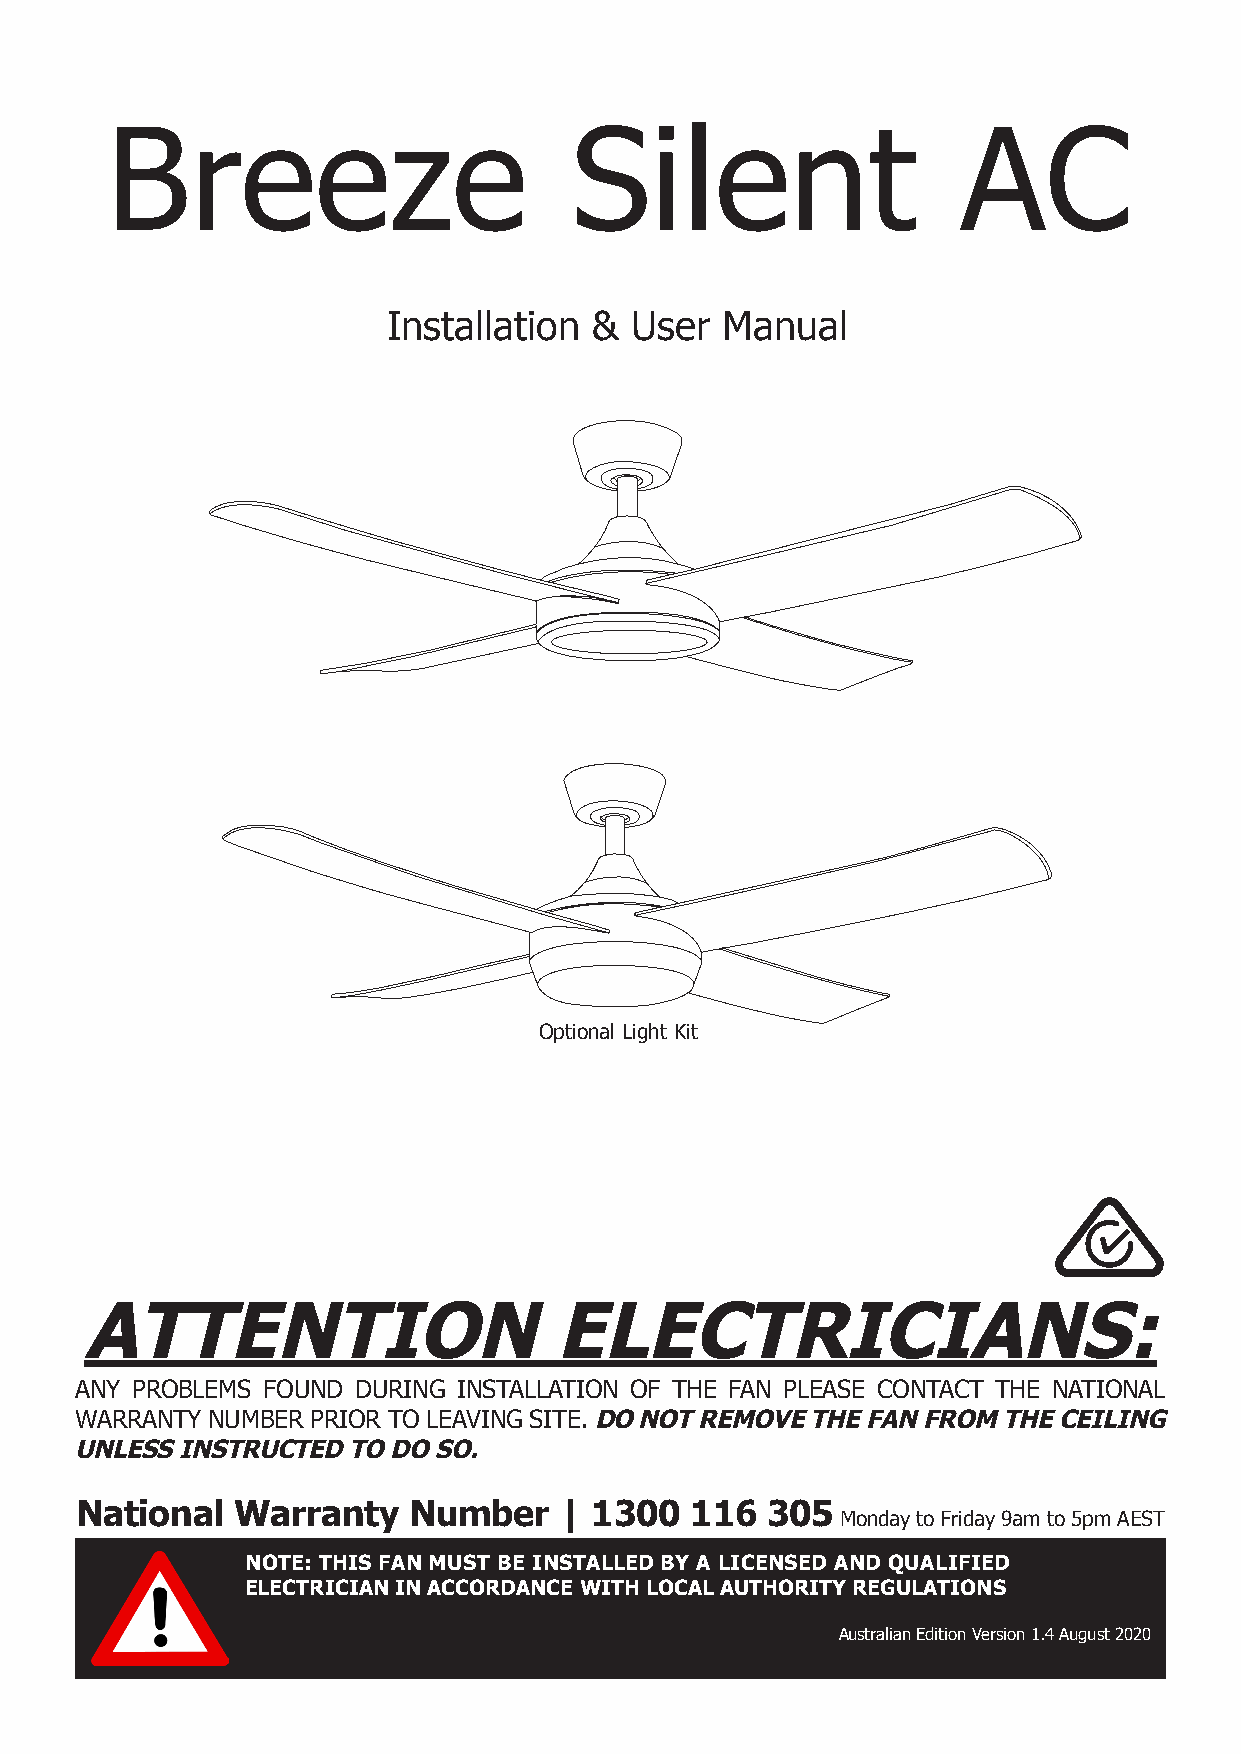
Breeze                         Silent                    AC
 Installation &  User  Manual
 Optional Light Kit
 ATTENTION                       ELECTRICIANS:
 ANY PROBLEMS FOUND DURING INSTALLATION OF THE FAN PLEASE CONTACT THE NATIONAL
 WARRANTY NUMBER PRIOR TO LEAVING SITE. DO NOT REMOVE THE FAN FROM THE CEILING
 UNLESS INSTRUCTED TO DO SO.
 National  Warranty    Number    | 1300   116  305
 Monday to Friday 9am to 5pm AEST
 g
 NOTE: THIS FAN MUST BE INSTALLED BY A LICENSED AND QUALIFIED
 ELECTRICIAN IN ACCORDANCE WITH LOCAL AUTHORITY REGULATIONS
 Australian Edition Version 1.4 August 2020